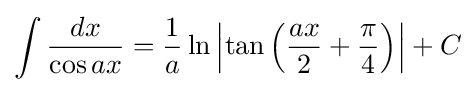
\int {\frac {dx}{\cos ax}}={\frac {1}{a}}\ln \left|\tan \left({\frac {ax}{2}}+{\frac {\pi }{4}}\right)\right|+C